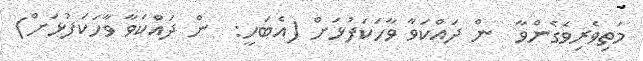
މަތިވެރިވެގެންވާ  ން ދައްކަވާ ވާހަކަފުޅަށް (އެބަހީ:  ން ދައްކަވާ ވާހަކަފުޅަށް)